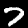
Digit: 7